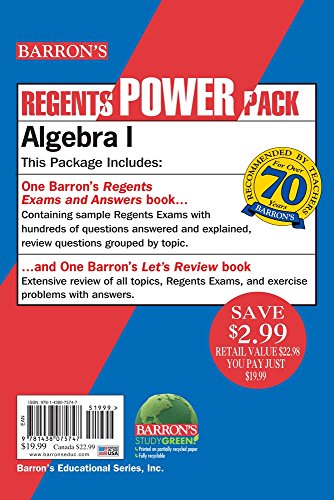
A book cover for Algebra I Power Pack (Regents Power Packs); Gary Rubinstein M.S.; Test Preparation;